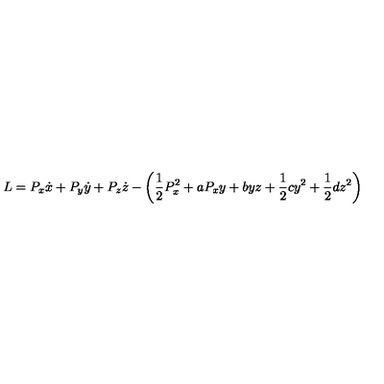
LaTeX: L = P _ { x } \dot { x } + P _ { y } \dot { y } + P _ { z } \dot { z } - \left( \frac { 1 } { 2 } P _ { x } ^ { 2 } + a P _ { x } y + b y z + \frac { 1 } { 2 } c y ^ { 2 } + \frac { 1 } { 2 } d z ^ { 2 } \right)